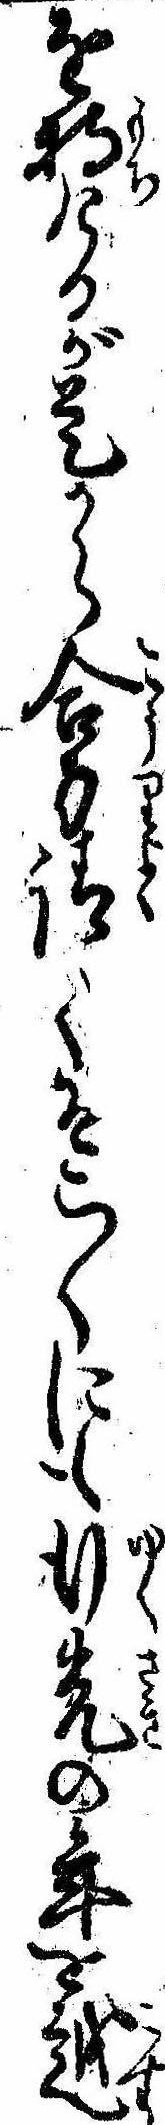
を持けるが是から合力請そこ〱にも行先の年を越